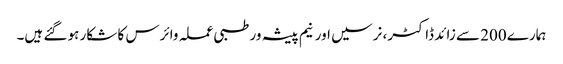
ہمارے 200 سے زائد ڈاکٹر، نرسیں اور نیم پیشہ ور طبی عملہ وائرس کا شکار ہو گئے ہیں۔